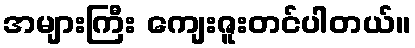
အများကြီး ကျေးဇူးတင်ပါတယ်။